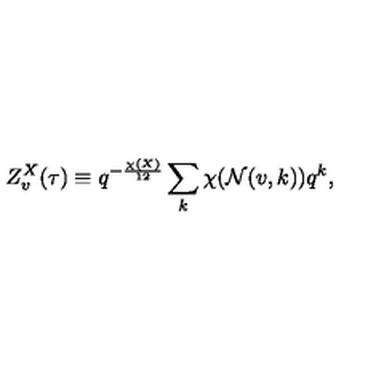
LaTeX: Z _ { v } ^ { X } ( \tau ) \equiv q ^ { - { \frac { \chi ( X ) } { 1 2 } } } \sum _ { k } \chi ( { \cal N } ( v , k ) ) q ^ { k } ,